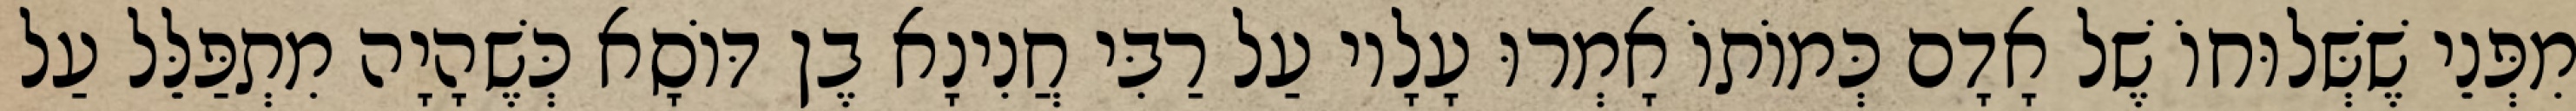
מִפְּנֵי שֶׁשְּׁלוּחוֹ שֶׁל אָדָם כְּמוֹתוֹ אָמְרוּ עָלָיו עַל רַבִּי חֲנִינָא בֶן דּוֹסָא כְּשֶׁהָיָה מִתְפַּלֵּל עַל